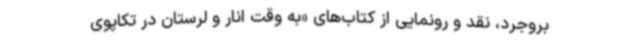
بروجرد، نقد و رونمایی از کتاب‌های «به وقت انار و لرستان در تکاپوی